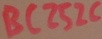
Text: BC252C